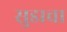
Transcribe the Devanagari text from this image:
सुडाचा